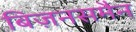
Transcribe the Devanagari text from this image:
बिज़नसमैन